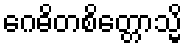
ဂေဓိတစိတ္တောသ္မိ